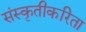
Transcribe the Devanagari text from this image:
संस्कृतीकरिता